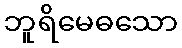
ဘူရိမေဓသော